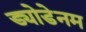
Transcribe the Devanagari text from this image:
ड्योडेनम